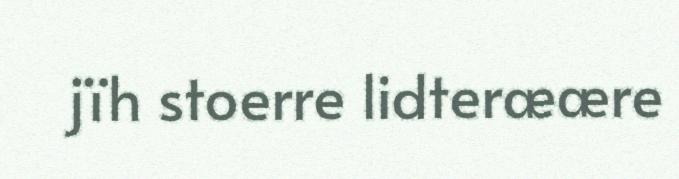
jïh stoerre lidteræære